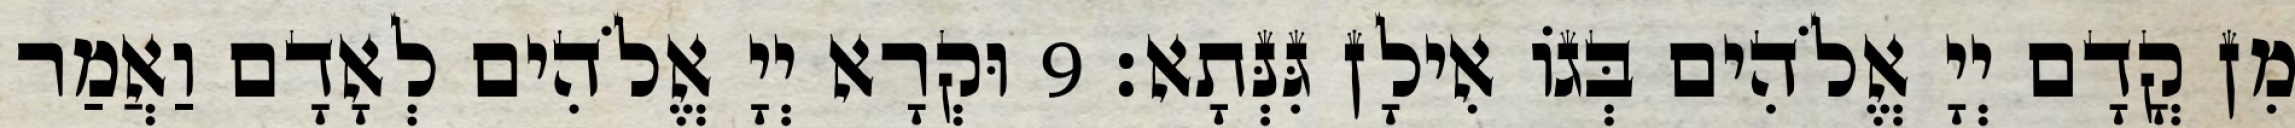
מִן קֳדָם יְיָ אֱלֹהִים בְּגוֹ אִילָן גִּנְּתָא׃ 9 וּקְרָא יְיָ אֱלֹהִים לְאָדָם וַאֲמַר